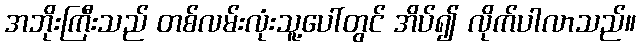
အဘိုးကြီးသည် တစ်လမ်းလုံးသူ့ပေါ်တွင် အိပ်၍ လိုက်ပါလာသည်။